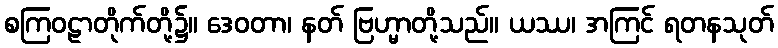
စကြဝဠာတိုက်တို့၌။ ဒေဝတာ၊ နတ် ဗြဟ္မာတို့သည်။ ယဿ၊ အကြင် ရတနသုတ်